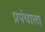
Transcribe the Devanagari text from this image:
प्रपंचाला